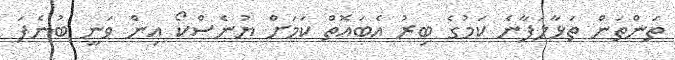
ތަންތަން ތަޅާލަފާނެ ކަމުގެ ބިރު އެބައޮތް ކަމަށް ޔުނެސްކޯ އިން ވަނީ ބުނެފަ